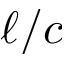
\ell / c